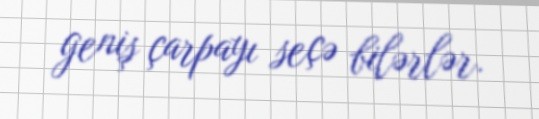
geniş çarpayı seçə bilərlər.